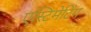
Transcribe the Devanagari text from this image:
एस्टिमेटिंग